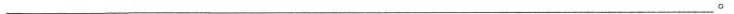
___。